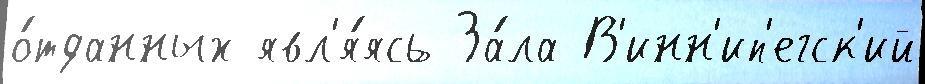
о́тданных явл'я́ясь За́ла В'инн'ип'егск'ий